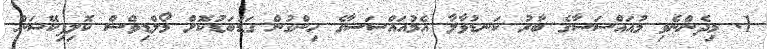
1. މިދެންނެވި މުއައްސަސާގެ ބާރު ކަނޑުވާލާ އެމުއައްސަސާގެ ހިންގުން ގަޑުބަޑުކޮށް މޯލްޑިވްސް ކޮލިފިކޭޝަން